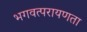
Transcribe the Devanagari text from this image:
भगवत्परायणता